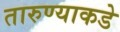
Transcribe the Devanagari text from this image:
तारुण्याकडे